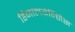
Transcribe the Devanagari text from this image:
हिमालयेन्सिस